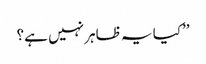
’’کیا یہ ظاہر نہیں ہے؟